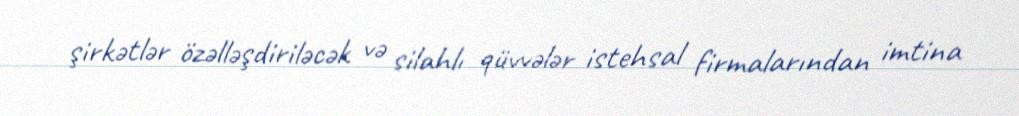
şirkətlər özəlləşdiriləcək və silahlı qüvvələr istehsal firmalarından imtina